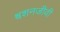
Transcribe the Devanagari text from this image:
श्वशनजीवी